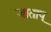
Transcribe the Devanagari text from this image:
जाताप्